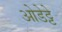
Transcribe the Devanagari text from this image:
ओडेट्टे